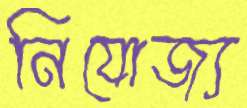
নিযোজ্য